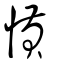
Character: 愩